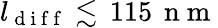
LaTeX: l_{\mathrm{~d~i~f~f~}}\lesssim\, 115\, \mathrm{~n~m~}